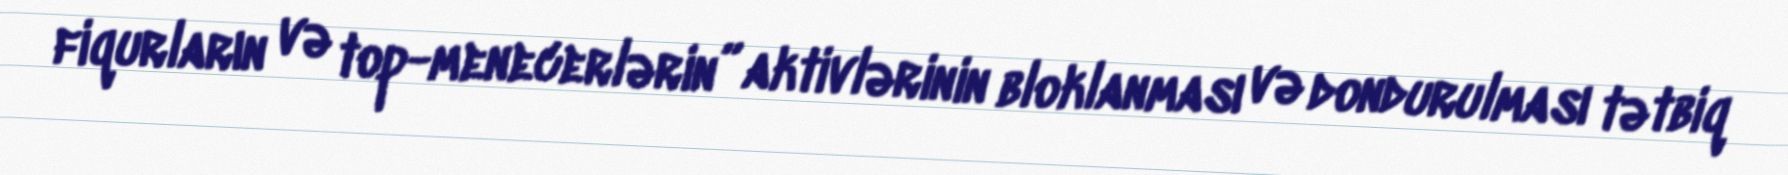
fiqurların və top-menecerlərin” aktivlərinin bloklanması və dondurulması tətbiq